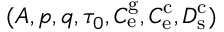
( A , p , q , \tau _ { 0 } , C _ { \mathrm { e } } ^ { \mathrm { g } } , C _ { \mathrm { e } } ^ { \mathrm { c } } , D _ { \mathrm { s } } ^ { \mathrm { c } } )